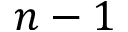
n - 1